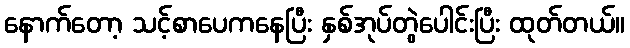
နောက်တော့ သင့်စာပေကနေပြီး နှစ်အုပ်တွဲပေါင်းပြီး ထုတ်တယ်။